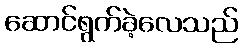
ဆောင်ရွက်ခဲ့လေသည်